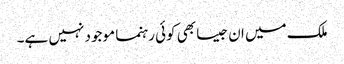
ملک میں ان جیسا بھی کوئی رہنما موجود نہیں ہے۔